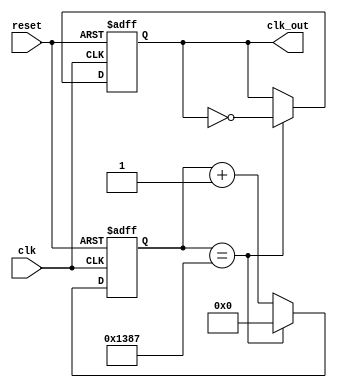
`timescale 1ns / 1ps
//////////////////////////////////////////////////////////////////////////////////
// Company: 
// Engineer: 
// 
// Design Name: 
// Module Name: clock_divider
// Project Name: 
// Target Devices: 
// Tool Versions: 
// Description: 
// 
// Dependencies: 
// 
// Revision:
// Revision 0.01 - File Created
// Additional Comments:
// 
//////////////////////////////////////////////////////////////////////////////////

module clock_divider#(parameter n = 5000)(input clk, reset, output reg clk_out);
reg [31:0] count; // Big enough to hold the maximum possible value
// Increment count
always @ (posedge(clk), posedge(reset)) begin // Asynchronous Reset
if (reset == 1'b1)
count <= 32'b0;
else if (count == n-1)
count <= 32'b0;
else
count <= count + 1;
end
// Handle the output clock
always @ (posedge(clk), posedge(reset)) begin // Asynchronous Reset
if (reset == 1'b1)
clk_out <= 1'b0;
else if (count == n-1)
clk_out <= ~clk_out;
else
clk_out <= clk_out;
end

endmodule